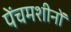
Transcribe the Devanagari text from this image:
पेंचमशीनों